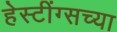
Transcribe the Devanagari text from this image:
हेस्टींग्सच्या